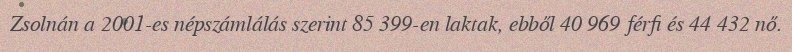
Zsolnán a 2001-es népszámlálás szerint 85 399-en laktak, ebből 40 969 férfi és 44 432 nő.